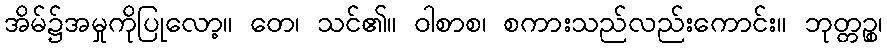
အိမ်၌အမှုကိုပြုလော့။ တေ၊ သင်၏။ ဝါစာစ၊ စကားသည်လည်းကောင်း။ ဘုတ္တဉ္စ၊